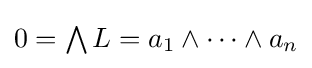
{\textstyle 0=\bigwedge L=a_{1}\land \cdots \land a_{n}}